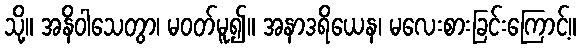
သို့။ အနိဝါသေတွာ၊ မဝတ်မူ၍။ အနာဒရိယေန၊ မလေးစားခြင်းကြောင့်။